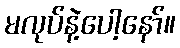
မလုပ်နဲ့ပေါ့နော်။